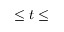
\leq t \leq